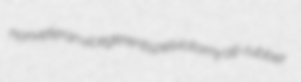
nonveteran vicegerents pelviotomy all-rubber